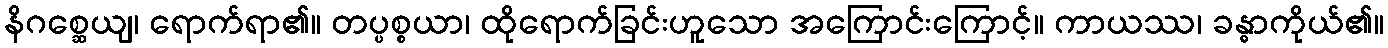
နိဂစ္ဆေယျ၊ ရောက်ရာ၏။ တပ္ပစ္စယာ၊ ထိုရောက်ခြင်းဟူသော အကြောင်းကြောင့်။ ကာယဿ၊ ခန္ဓာကိုယ်၏။